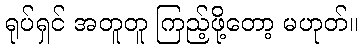
ရုပ်ရှင် အတူတူ ကြည့်ဖို့တော့ မဟုတ်။